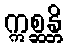
ဣစ္ဆန္တိ